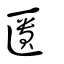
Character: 匱